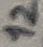
Text: 12